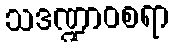
သဒဏ္ဍာဝစရာ